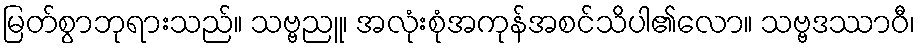
မြတ်စွာဘုရားသည်။ သဗ္ဗညူ၊ အလုံးစုံအကုန်အစင်သိပါ၏လော။ သဗ္ဗဒဿာဝီ၊